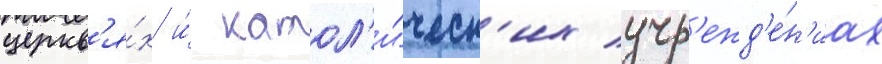
церкв'я́х и́ катол'и́ческ'их учр'ежд'е́н'иах